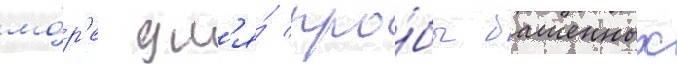
мо́р'е дл'я́ про́бы башенных